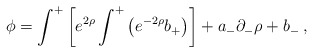
\begin{align*}\phi=\int^+ \left[ e^{2\rho}\int^+\left(e^{-2\rho}b_+\right)\right]+a_-\partial_-\rho+b_-\>,\end{align*}